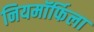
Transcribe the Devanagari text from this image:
नियमॉर्फिला